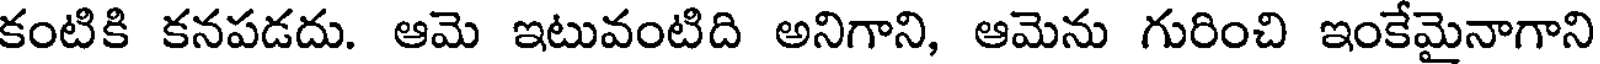
కంటికి కనపడదు. ఆమె ఇటువంటిది అనిగాని, ఆమెను గురించి ఇంకేమైనాగాని